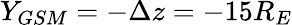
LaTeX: Y_{GSM}=-\Delta z=-15R_{E}